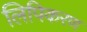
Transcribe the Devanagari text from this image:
लिपिकरण